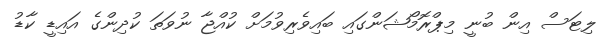
ލިޓަސް އިން ބުނީ މިޕްރޮމޯޝަންގައި ބައިވެރިވުމަށް ކުއްޖާ ނުވަތަ ކުދިންގެ އައިޑީ ކާޑު